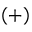
( + )